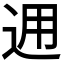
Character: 𨒗